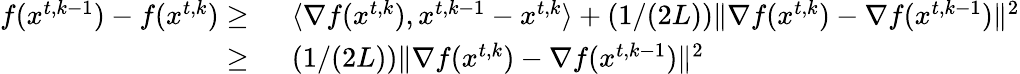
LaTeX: \begin{array}{rl}{f({x}^{t,k-1})-f({x}^{t,k})\ge\ }&{\langle\nabla f({x}^{t,k}),{x}^{t,k-1}-{x}^{t,k}\rangle+(1/(2L))\| \nabla f({x}^{t,k})-\nabla f({x}^{t,k-1})\| ^{2}}\\ {\ge\ }&{(1/(2L))\| \nabla f({x}^{t,k})-\nabla f({x}^{t,k-1})\| ^{2}}\end{array}